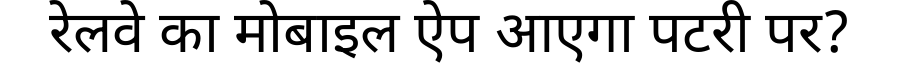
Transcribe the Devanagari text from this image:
रेलवे का मोबाइल ऐप आएगा पटरी पर?